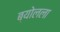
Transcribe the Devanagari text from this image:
ब्योलला